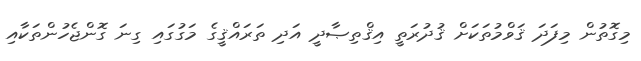
މިގޮތުން މިފަދަ ޤަވްމުތަކަށް ޤުދުރަތީ އިޤްތިޞާދީ އަދި ތަރައްޤީގެ މަގުގައި ގިނަ ގޮންޖެހުންތަކާއި